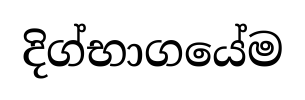
දිග්භාගයේම